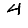
Digit: 4